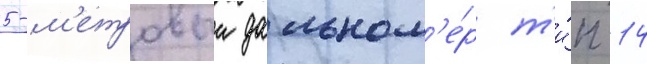
5-м'етровыи дальном'е́р т'и́п 14